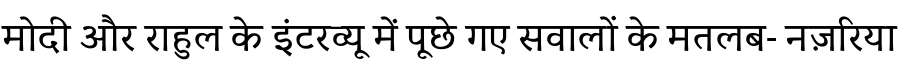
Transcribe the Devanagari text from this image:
मोदी और राहुल के इंटरव्यू में पूछे गए सवालों के मतलब- नज़रिया